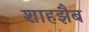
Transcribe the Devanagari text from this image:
शाहझैब